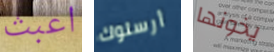
اعبث أرسلوك يخونها